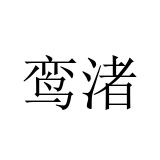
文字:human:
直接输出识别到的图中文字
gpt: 鸾渚